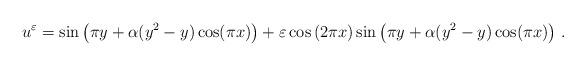
LaTeX: \begin{align*} u^{\varepsilon } = \sin \left(\pi y +\alpha (y^2-y)\cos (\pi x) \right) + \varepsilon \cos \left( 2\pi x\right) \sin \left( \pi y+ \alpha (y^2-y)\cos (\pi x) \right)\,. \end{align*}